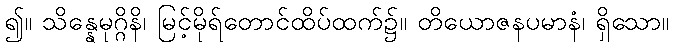
၍။ သိန္နေမုဂ္ဂိနိ၊ မြင့်မိုရ်တောင်ထိပ်ထက်၌။ တိယောဇနပမာနံ၊ ရှိသော။